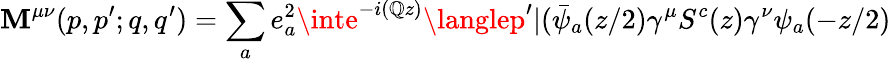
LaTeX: \mathbf{M}^{\mu\nu}(p,p^{\prime};q,q^{\prime})=\sum_{a}e_{a}^{2}\inte^{-i(\mathbb{Q}z)}\langlep^{\prime}|(\bar{{\psi}}_{a}(z/2)\gamma^{\mu}S^{c}(z)\gamma^{\nu}\psi_{a}(-z/2)